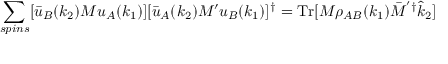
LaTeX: \sum _ { s p i n s } [ \bar { u } _ { B } ( k _ { 2 } ) M u _ { A } ( k _ { 1 } ) ] [ \bar { u } _ { A } ( k _ { 2 } ) M ^ { \prime } u _ { B } ( k _ { 1 } ) ] ^ { \dagger } = \mathrm { T r } [ M \rho _ { A B } ( k _ { 1 } ) \bar { M } ^ { ' \dagger } \hat { k } _ { 2 } ]